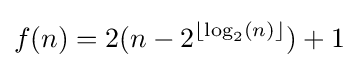
f(n)=2(n-2^{\lfloor \log _{2}(n)\rfloor })+1